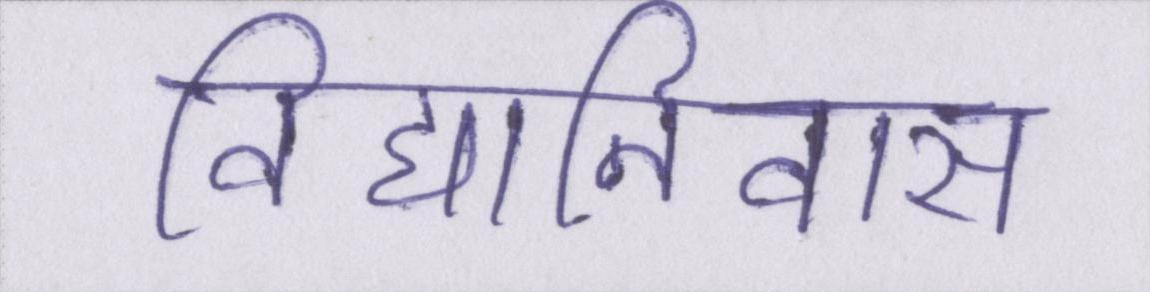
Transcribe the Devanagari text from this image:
विद्यानिवास